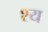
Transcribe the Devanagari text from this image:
श्य